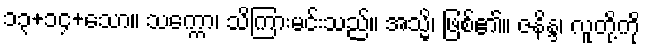
၁၃+၁၄+သော။ သက္ကော၊ သိကြားမင်းသည်။ အသ္မိ၊ ဖြစ်၏။ ဇနိန္ဒ၊ လူတို့ကို